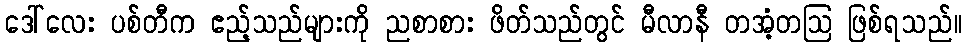
ဒေါ်လေး ပစ်တီက ဧည့်သည်များကို ညစာစား ဖိတ်သည်တွင် မီလာနီ တအံ့တဩ ဖြစ်ရသည်။